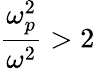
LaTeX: {\frac{\omega_{p}^{2}}{\omega^{2}}}>2